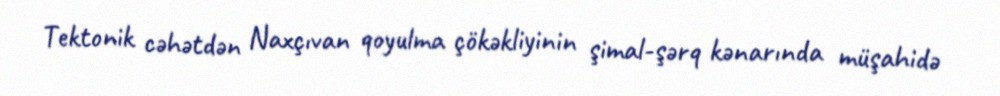
Tektonik cəhətdən Naxçıvan qoyulma çökəkliyinin şimal-şərq kənarında müşahidə